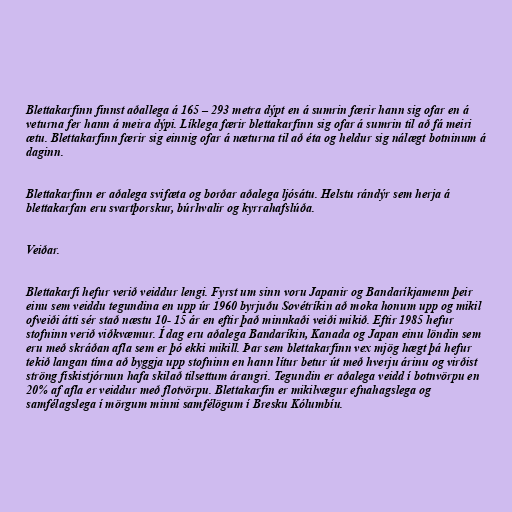
Blettakarfinn finnst aðallega á 165 – 293 metra dýpt en á sumrin færir hann sig ofar en á
veturna fer hann á meira dýpi. Líklega færir blettakarfinn sig ofar á sumrin til að fá meiri
ætu. Blettakarfinn færir sig einnig ofar á næturna til að éta og heldur sig nálægt botninum á
daginn.

Blettakarfinn er aðalega svifæta og borðar aðalega ljósátu. Helstu rándýr sem herja á
blettakarfan eru svartþorskur, búrhvalir og kyrrahafslúða.

Veiðar.

Blettakarfi hefur verið veiddur lengi. Fyrst um sinn voru Japanir og Bandaríkjamenn þeir
einu sem veiddu tegundina en upp úr 1960 byrjuðu Sovétríkin að moka honum upp og mikil
ofveiði átti sér stað næstu 10- 15 ár en eftir það minnkaði veiði mikið. Eftir 1985 hefur
stofninn verið viðkvæmur. Í dag eru aðalega Bandaríkin, Kanada og Japan einu löndin sem
eru með skráðan afla sem er þó ekki mikill. Þar sem blettakarfinn vex mjög hægt þá hefur
tekið langan tíma að byggja upp stofninn en hann lítur betur út með hverju árinu og virðist
ströng fiskistjórnun hafa skilað tilsettum árangri. Tegundin er aðalega veidd í botnvörpu en
20% af afla er veiddur með flotvörpu. Blettakarfin er mikilvægur efnahagslega og
samfélagslega í mörgum minni samfélögum í Bresku Kólumbíu.